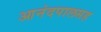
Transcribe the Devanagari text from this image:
आनंदपालसह